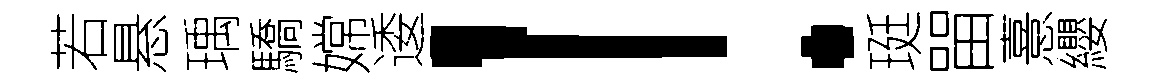
若悬瑀驕嫦逶！珽㽞憙纓